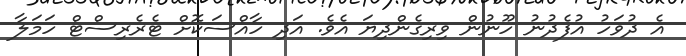
އެ ދުވަހު އުފެދުނު ހޫނުން ވިރިގެންދިޔަ އެވެ. އަދި ހާއްސަކޮށް ޓެރެރިސްޓް ހަމަލާ